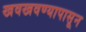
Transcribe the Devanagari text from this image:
खवखवण्यापासून